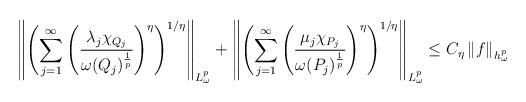
LaTeX: \begin{align*}\left \|\left(\sum\limits_{j=1}^{\infty}\left(\frac{\lambda_j \chi_{Q_j}}{\omega(Q_j)^{\frac{1}{p}}}\right)^{\eta}\right)^{1/\eta}\right \|_{L_{\omega}^{p}}+\left \|\left(\sum\limits_{j=1}^{\infty}\left(\frac{\mu_j \chi_{P_j}}{\omega(P_j)^{\frac{1}{p}}}\right)^{\eta}\right)^{1/\eta}\right \|_{L_{\omega}^{p}}\leq C_{\eta}\left \|f\right \|_{h_{\omega}^{p}}\end{align*}